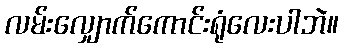
လမ်းလျှောက်ကောင်းရုံလေးပါဘဲ။